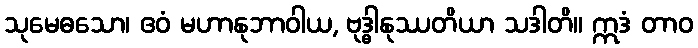
သုမေဓသော၊ ဧဝံ မဟာနုဘာဝါယ, ဗုဒ္ဓါနုဿတိယာ သဒါတိ။ ဣဒံ တာဝ